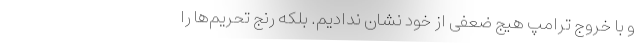
و با خروج ترامپ هیج ضعفی از خود نشان ندادیم. بلکه رنج تحریم‌ها را